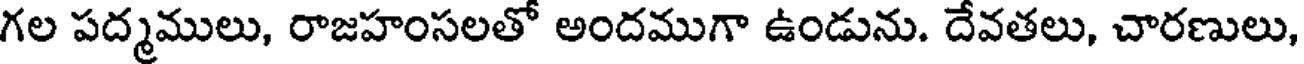
గల పద్మములు, రాజహంసలతో అందముగా ఉండును. దేవతలు, చారణులు,